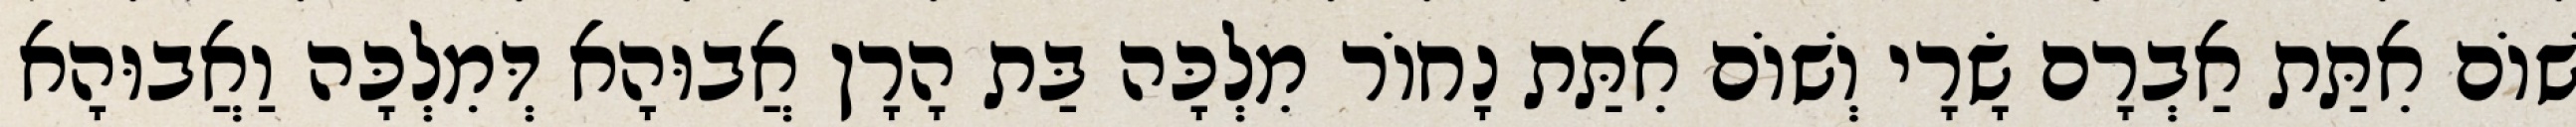
שׁוֹם אִתַּת אַבְרָם שָׂרָי וְשׁוֹם אִתַּת נָחוֹר מִלְכָּה בַּת הָרָן אֲבוּהָא דְּמִלְכָּה וַאֲבוּהָא